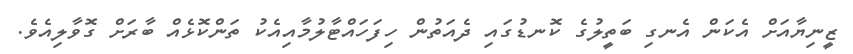
ޒީނިޔާއަށް އެކަން އެނގި ބަތީލުގެ ކޮނޑުގައި ދެއަތުން ހިފަހައްޓާލުމާއިއެކު ތަންކޮޅެއް ބާރަށް ގޮވާލިއެވެ.